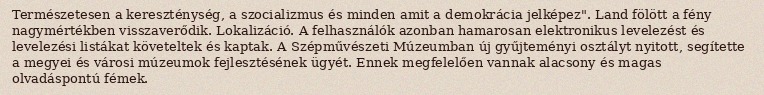
Természetesen a kereszténység, a szocializmus és minden amit a demokrácia jelképez". Land fölött a fény nagymértékben visszaverődik. Lokalizáció. A felhasználók azonban hamarosan elektronikus levelezést és levelezési listákat követeltek és kaptak. A Szépművészeti Múzeumban új gyűjteményi osztályt nyitott, segítette a megyei és városi múzeumok fejlesztésének ügyét. Ennek megfelelően vannak alacsony és magas olvadáspontú fémek.